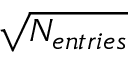
\sqrt { N _ { e n t r i e s } }